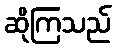
ဆိုကြသည်